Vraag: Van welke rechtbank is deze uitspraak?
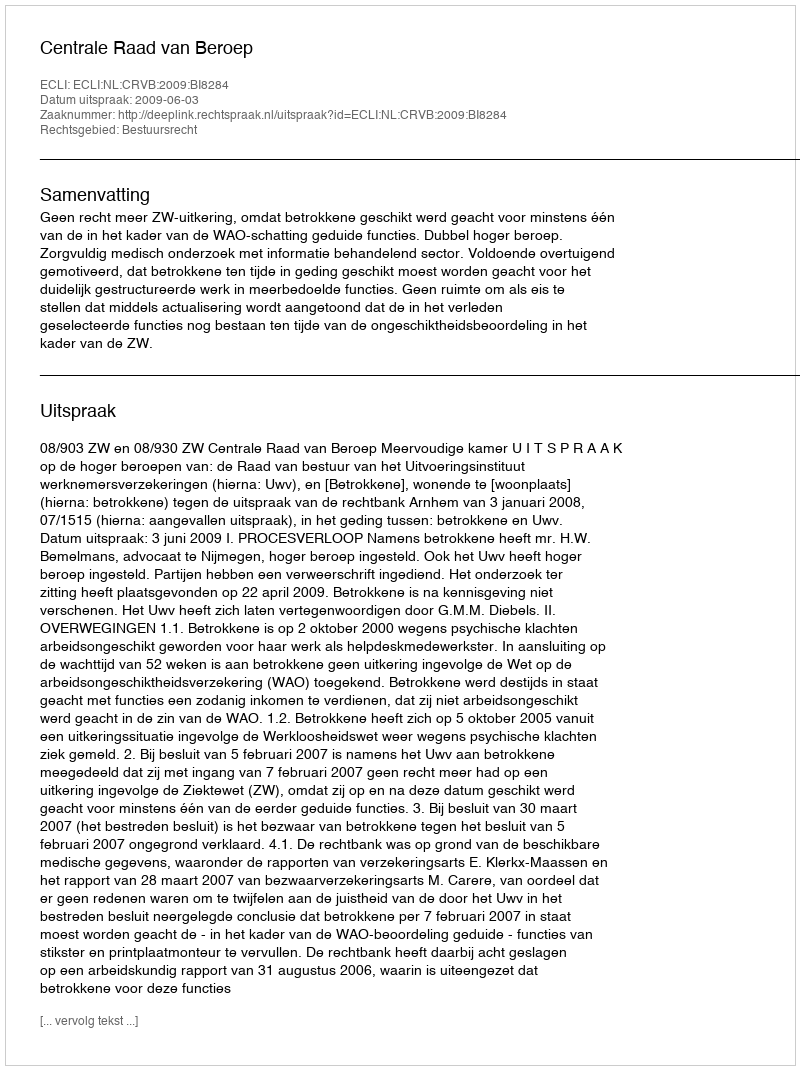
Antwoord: Centrale Raad van Beroep